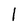
Character: l